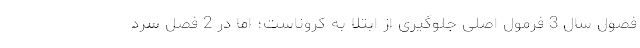
فصول سال 3 فرمول اصلی جلوگیری از ابتلا به کروناست؛ اما در 2 فصل سرد